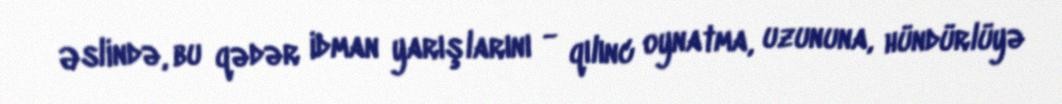
Əslində, bu qədər idman yarışlarını - qılınc oynatma, uzununa, hündürlüyə